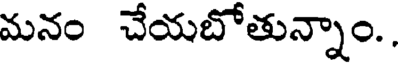
మనం చేయబోతున్నాం.